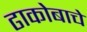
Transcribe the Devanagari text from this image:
ढाकोबाचे